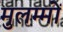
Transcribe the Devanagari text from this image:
मुलम्मों